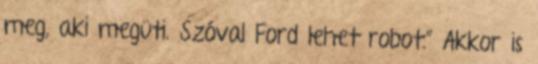
meg, aki megüti. Szóval Ford lehet robot.” Akkor is